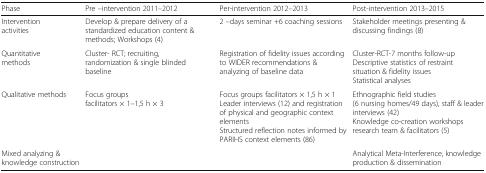
<table><thead><tr><td><b>Phase</b></td><td><b>Pre –intervention 2011–2012</b></td><td><b>Per-intervention 2012–2013</b></td><td><b>Post-intervention 2013–2015</b></td></tr></thead><tbody><tr><td>Intervention activities</td><td>Develop &amp; prepare delivery of a standardized education content &amp; methods; Workshops (4)</td><td>2 –days seminar +6 coaching sessions</td><td>Stakeholder meetings presenting &amp; discussing findings (8)</td></tr><tr><td>Quantitative methods</td><td>Cluster- RCT; recruiting, randomization &amp; single blinded baseline</td><td>Registration of fidelity issues according to WIDER recommendations &amp; analyzing of baseline data</td><td>Cluster-RCT-7 months follow-upDescriptive statistics of restraint situation &amp; fidelity issuesStatistical analyses</td></tr><tr><td>Qualitative methods</td><td>Focus groups facilitators × 1–1,5 h × 3</td><td>Focus groups facilitators × 1,5 h × 1Leader interviews (12) and registration of physical and geographic context elementsStructured reflection notes informed by PARIHS context elements (86)</td><td>Ethnographic field studies (6 nursing homes/49 days), staff &amp; leader interviews (42)Knowledge co-creation workshops research team &amp; facilitators (5)</td></tr><tr><td>Mixed analyzing &amp; knowledge construction</td><td></td><td></td><td>Analytical Meta-Interference, knowledge production &amp; dissemination</td></tr></tbody></table>